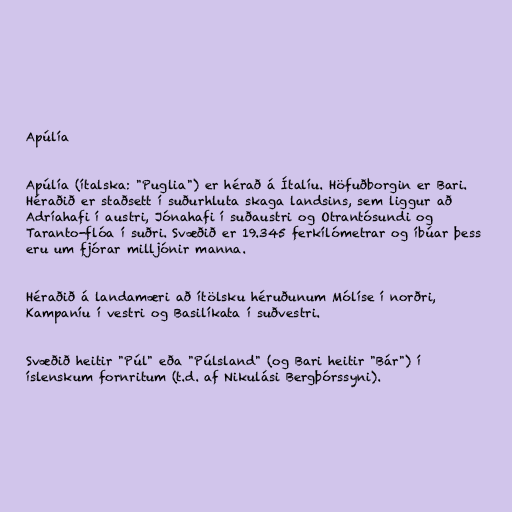
Apúlía

Apúlía (ítalska: "Puglia") er hérað á Ítalíu. Höfuðborgin er Bari.
Héraðið er staðsett í suðurhluta skaga landsins, sem liggur að
Adríahafi í austri, Jónahafi í suðaustri og Otrantósundi og
Taranto-flóa í suðri. Svæðið er 19.345 ferkílómetrar og íbúar þess
eru um fjórar milljónir manna.

Héraðið á landamæri að ítölsku héruðunum Mólíse í norðri,
Kampaníu í vestri og Basilíkata í suðvestri.

Svæðið heitir "Púl" eða "Púlsland" (og Bari heitir "Bár") í
íslenskum fornritum (t.d. af Nikulási Bergþórssyni).